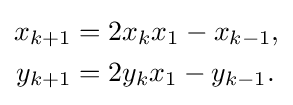
\displaystyle {\begin{aligned}x_{k+1}&=2x_{k}x_{1}-x_{k-1},\\y_{k+1}&=2y_{k}x_{1}-y_{k-1}.\end{aligned}}